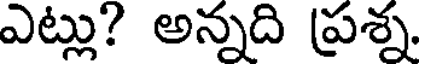
ఎట్లు? అన్నది ప్రశ్న.